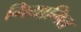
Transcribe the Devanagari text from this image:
मियामित